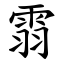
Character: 䨒